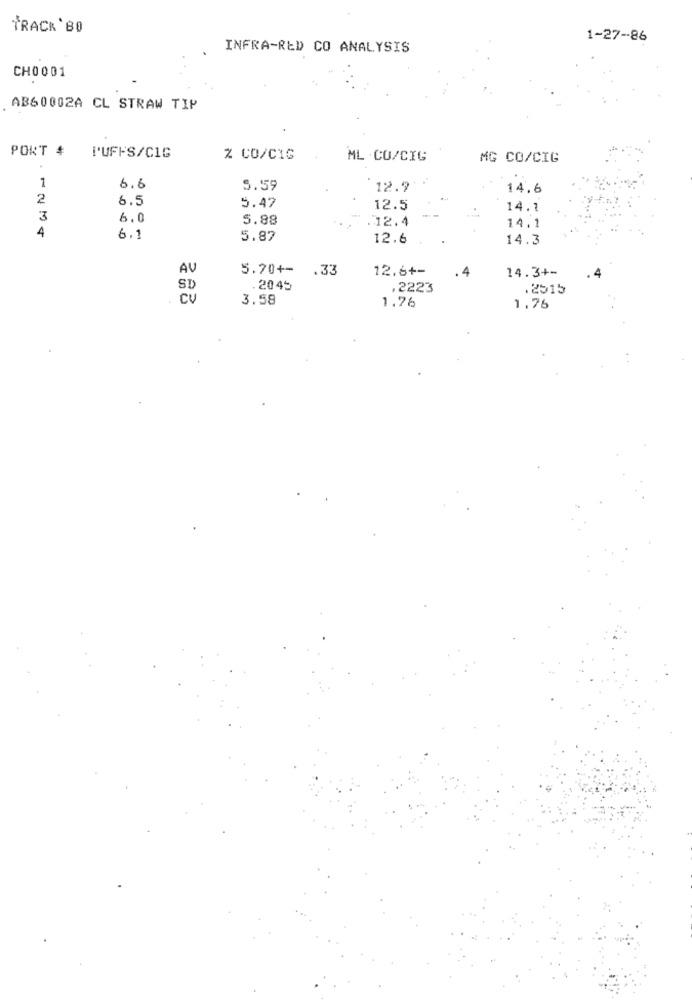
TRACK'BO
1-27-86
INFRA-RED CO ANALYSIS
CH0001
AB60002A CL STRAW TIP
PORT #
P'UFFS/C1G
% CO/CIG
ML .CO/CIG
MG CO/CIG
.
1
6.6
5.59
12.9
14.6
2
6.5
5.47
12.5
14.1
3
6.0
5.88
.12.4
14.1
4
6.1
5.87
12.6
14.3
AV
5.70+-
.33
12.6+-
.4
14.3+-
.4
SD
.2045
.2223
.2515
CV
3.58
1.76
1.76